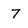
Character: 7